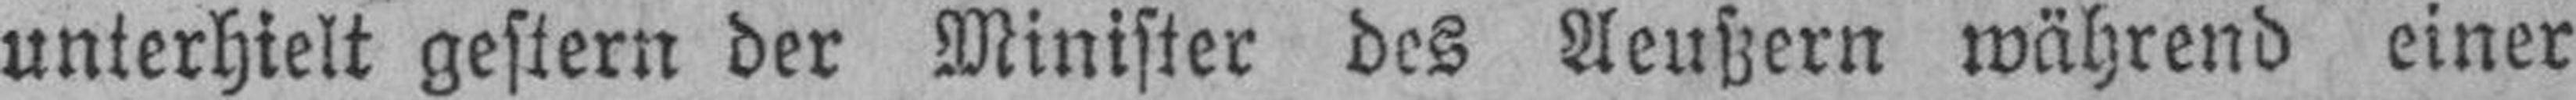
unterhielt gestern der Minister des Aeußern während einer